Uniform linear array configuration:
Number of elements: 64
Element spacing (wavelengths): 1
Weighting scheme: kaiser
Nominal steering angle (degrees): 0
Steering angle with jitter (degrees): -1.452
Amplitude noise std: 0.05
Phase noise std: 0.05

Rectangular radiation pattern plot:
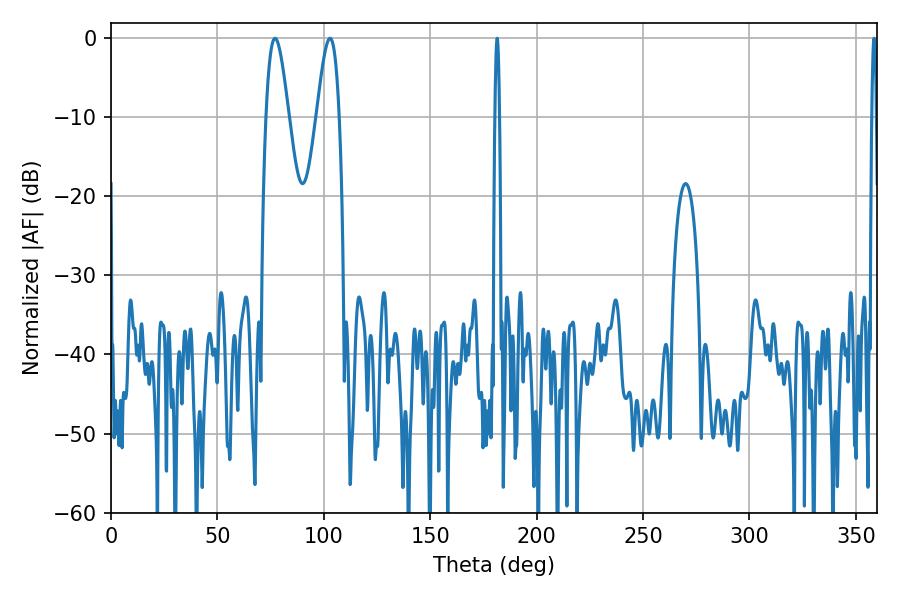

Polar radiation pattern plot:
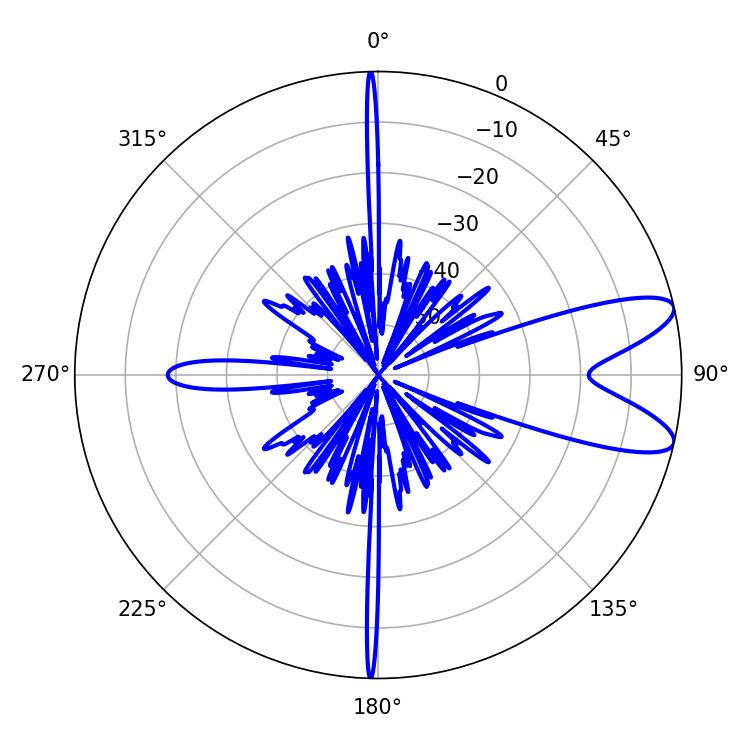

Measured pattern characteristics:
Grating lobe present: TRUE
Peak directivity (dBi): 9.695
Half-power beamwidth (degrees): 5.76
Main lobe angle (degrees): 77.04